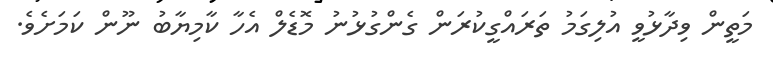
މަތީން ވިދާޅުވީ އުލިގަމު ތަރައްގީކުރަން ގެންގުޅުނު މޮޑެލް އެހާ ކާމިޔާބު ނޫން ކަމަށެވެ.